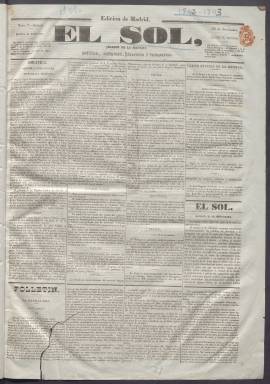
Título: El Sol (Madrid. 1842)
Colección: Periódicos anteriores a 1850
Ámbito geográfico: Madrid
Lugar de publicación: Madrid
Fechas: 26/11/1842-28/04/1843